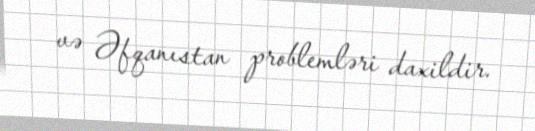
və Əfqanıstan problemləri daxildir.